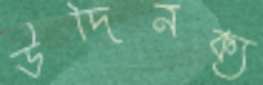
উদিনক্য